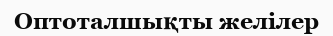
Оптоталшықты желілер